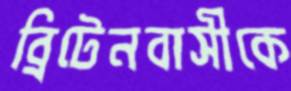
ব্রিটেনবাসীকে